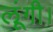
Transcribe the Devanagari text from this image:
लूंगी।